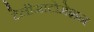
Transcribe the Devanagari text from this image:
टेलीआटोमेशन